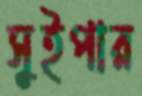
সুইপার